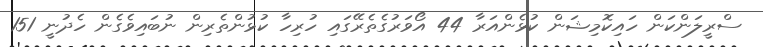
ސްރީލަންކަން ހައިކޮމިޝަން ކުޅެންއަރާ 44 އޯވަރުގެތެރޭގައި ހުރިހާ ކުޅުންތެރިން ނުބައިވެގެން ހެދުނީ 151